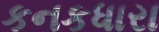
કનકધારા